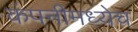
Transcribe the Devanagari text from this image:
कंपनीमध्येच